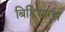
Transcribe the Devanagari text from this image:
बिडियारझ